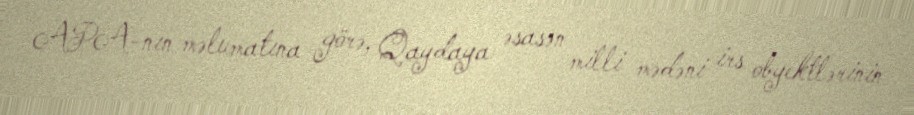
APA-nın məlumatına görə, Qaydaya əsasən milli mədəni irs obyektlərinin